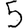
Digit: 5